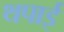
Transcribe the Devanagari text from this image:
थपाई